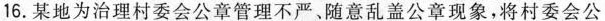
16.某地为治理村委会公章管理不严、随意乱盖公章现象，将村委会公